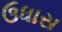
ઉધાસ